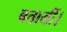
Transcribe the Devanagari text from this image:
बतायीं।